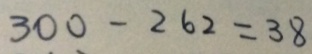
3 0 0 - 2 6 2 = 3 8